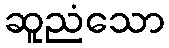
ဆူညံသော